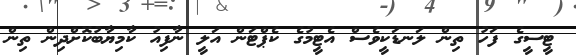
ޓީސީގެ ފަހު ތިން ލަނޑަކީވެސް އެޓީމުގެ ކެޕްޓަން އަލީ ނާފިއު ކާމިޔާބުކޮށްދިން ތިން